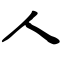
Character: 人